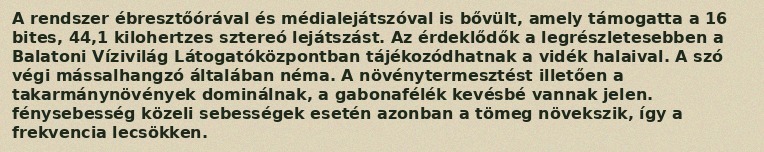
A rendszer ébresztőórával és médialejátszóval is bővült, amely támogatta a 16 bites, 44,1 kilohertzes sztereó lejátszást. Az érdeklődők a legrészletesebben a Balatoni Vízivilág Látogatóközpontban tájékozódhatnak a vidék halaival. A szó végi mássalhangzó általában néma. A növénytermesztést illetően a takarmánynövények dominálnak, a gabonafélék kevésbé vannak jelen. fénysebesség közeli sebességek esetén azonban a tömeg növekszik, így a frekvencia lecsökken.